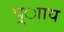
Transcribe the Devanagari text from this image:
प्र्ााय